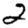
Digit: 2